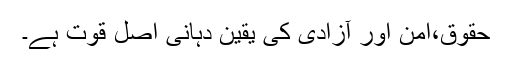
حقوق،امن اور آزادی کی یقین دہانی اصل قوت ہے۔